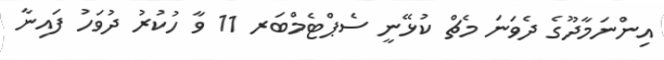
އިންނަމާދޫގެ ދެވަނަ މެޗް ކުޅޭނީ ސެޕްޓެމްބަރ 11 ވާ ހުކުރު ދުވަހު ފައިނާ